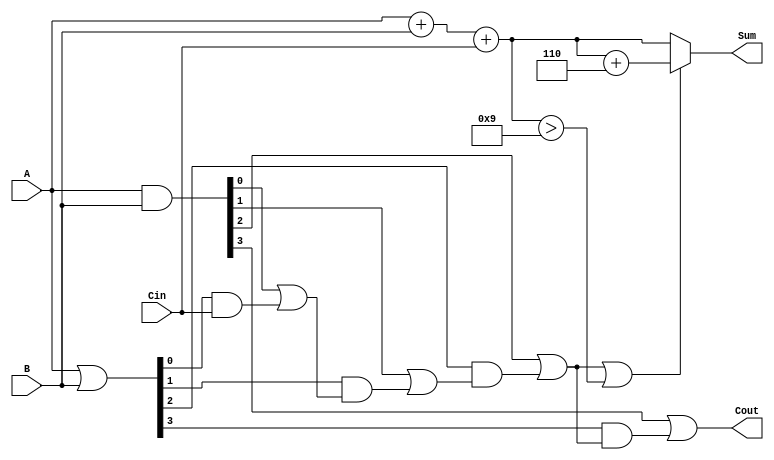
module BCD_Carry_Lookahead_Adder (
    input  wire [3:0] A,      // First BCD digit
    input  wire [3:0] B,      // Second BCD digit
    input  wire       Cin,     // Carry input
    output wire [3:0] Sum,     // BCD Sum output
    output wire       Cout      // Carry output
);

    // Intermediate signals for binary sum
    wire [4:0] S;             // 5 bits to accommodate carry
    assign S = {1'b0, A} + {1'b0, B} + Cin; // 5-bit sum of A, B and Cin

    // Generate and Propagate signals
    wire [3:0] G; // Generate signals
    wire [3:0] P; // Propagate signals

    assign G = A & B;         // G[i] = A[i] AND B[i]
    assign P = A | B;         // P[i] = A[i] OR B[i]

    // Carry Lookahead Logic
    wire C1, C2, C3;

    assign C1 = G[0] | (P[0] & Cin);    // C1 = G0 + (P0 AND Cin)
    assign C2 = G[1] | (P[1] & C1);      // C2 = G1 + (P1 AND C1)
    assign C3 = G[2] | (P[2] & C2);      // C3 = G2 + (P2 AND C2)
    assign Cout = G[3] | (P[3] & C3);    // Cout = G3 + (P3 AND C3)

    // BCD Correction Logic
    wire [4:0] Corrected_Sum;
    assign Corrected_Sum = (C3 | (S[3:0] > 4'd9)) ? (S + 5'd6) : S; // Add 6 if correction is needed

    // Final Sum output
    assign Sum = Corrected_Sum[3:0]; // Take the lower 4 bits as the BCD sum

endmodule